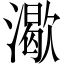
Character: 㵣